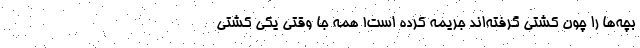
بچه‌ها را چون کشتی گرفته‌اند جریمه کرده است! همه جا وقتی یکی کشتی